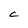
Character: C